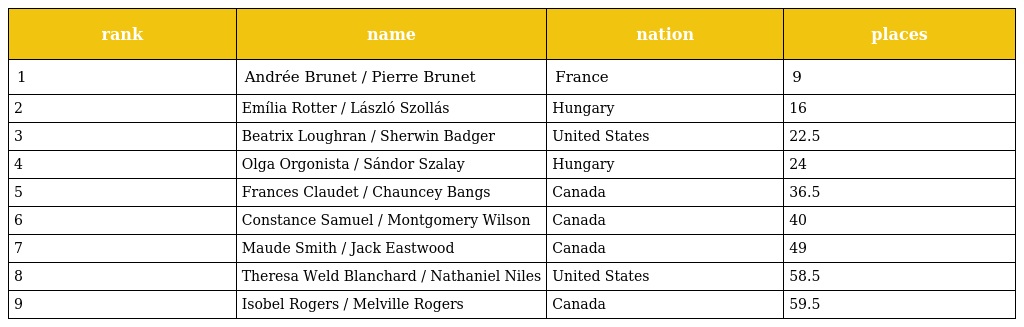
| rank | name | nation | places |
 | --- | --- | --- | --- |
 | 1 | Andrée Brunet / Pierre Brunet | France | 9 |
 | 2 | Emília Rotter / László Szollás | Hungary | 16 |
 | 3 | Beatrix Loughran / Sherwin Badger | United States | 22.5 |
 | 4 | Olga Orgonista / Sándor Szalay | Hungary | 24 |
 | 5 | Frances Claudet / Chauncey Bangs | Canada | 36.5 |
 | 6 | Constance Samuel / Montgomery Wilson | Canada | 40 |
 | 7 | Maude Smith / Jack Eastwood | Canada | 49 |
 | 8 | Theresa Weld Blanchard / Nathaniel Niles | United States | 58.5 |
 | 9 | Isobel Rogers / Melville Rogers | Canada | 59.5 |